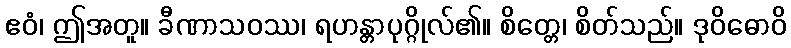
ဧဝံ၊ ဤအတူ။ ခီဏာသဝဿ၊ ရဟန္တာပုဂ္ဂိုလ်၏။ စိတ္တေ၊ စိတ်သည်။ ဒုဝိဓောဝိ